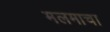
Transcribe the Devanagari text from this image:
मलमाचा